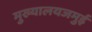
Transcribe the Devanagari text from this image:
मुख्यालयजमुई